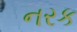
નરક